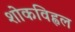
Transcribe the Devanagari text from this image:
शोकविह्वल